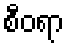
စီဝရာ